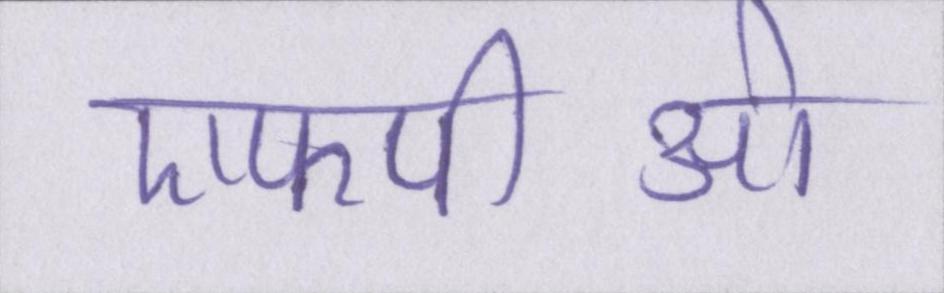
एफपीओ